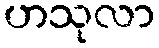
ဟသုလာ